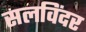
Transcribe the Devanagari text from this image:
सलविंदर